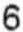
6